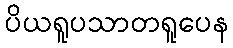
ပိယရူပသာတရူပေန